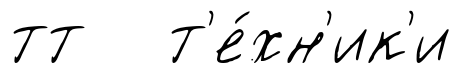
тт т'е́хн'ик'и